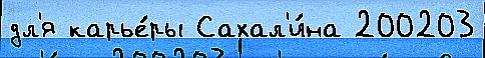
дл'я карье́ры Сахал'и́на 200203